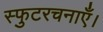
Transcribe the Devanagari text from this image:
स्फुटरचनाएँ।